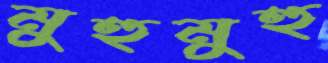
মুহুমুহু